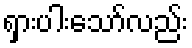
ရှားပါးသော်လည်း